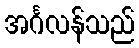
အင်္ဂလန်သည်